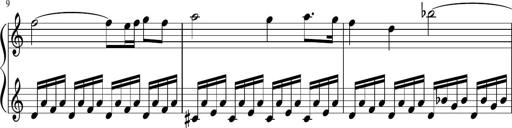
Title: Sonatina di Santa Gemma, JKB 12
Composer: Jason Baruk
Key: F major